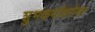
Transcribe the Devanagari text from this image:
शुभकर्मांबरोबर